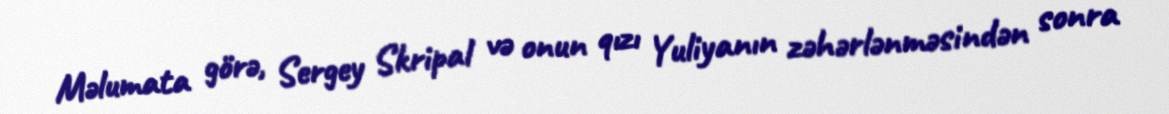
Məlumata görə, Sergey Skripal və onun qızı Yuliyanın zəhərlənməsindən sonra